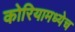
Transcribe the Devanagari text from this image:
कोरियामध्येच